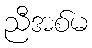
ညီအစ်မ